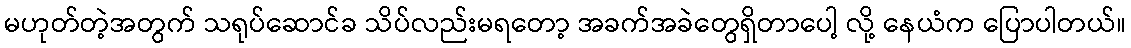
မဟုတ်တဲ့အတွက် သရုပ်ဆောင်ခ သိပ်လည်းမရတော့ အခက်အခဲတွေရှိတာပေါ့ လို့ နေယံက ပြောပါတယ်။